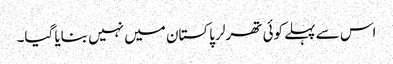
اس سے پہلے کوئی تھرلر پاکستان میں نہیں بنایا گیا۔